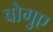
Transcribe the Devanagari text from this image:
वोगुए